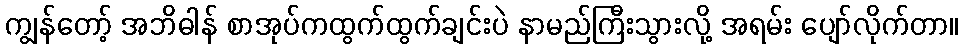
ကျွန်တော့် အဘိဓါန် စာအုပ်ကထွက်ထွက်ချင်းပဲ နာမည်ကြီးသွားလို့ အရမ်း ပျော်လိုက်တာ။